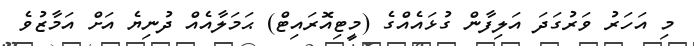
މި އަހަރު ވަރުގަދަ އަލިފާން ގުޅައެއްގެ (މީޓިއޮރައިޓް) ޙަމަލާއެއް ދުނިޔެ އަށް އަމާޒުވެ